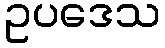
ဥပဒေသ